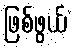
ဖြစ်ဖွယ်